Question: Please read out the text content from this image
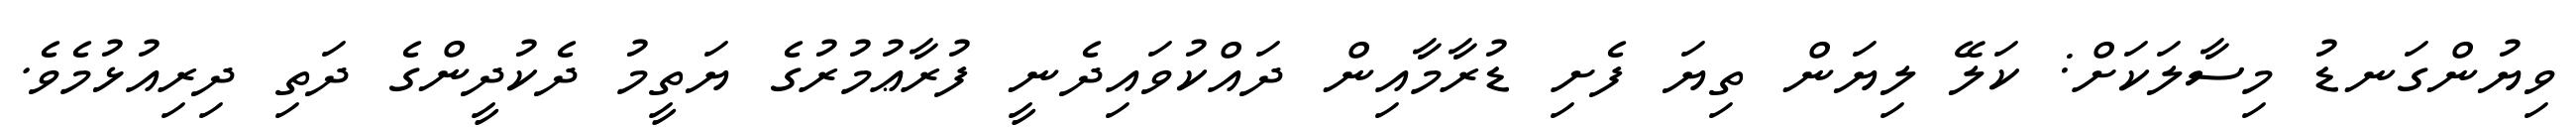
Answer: ވިޔުންގަނޑު މިސާލަކަށް: ކަލޭ ލިޔަން ތިޔަ ފެށި ޑުރާމާއިން ދައްކުވައިދެނީ ފުރާޢުމުރުގެ ޔަތީމު ދެކުދީންގެ ދަތި ދިރިއުޅުމެވެ.